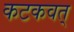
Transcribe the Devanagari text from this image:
कटकवत्